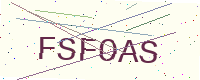
Text: FSFOAS